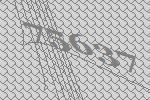
75637